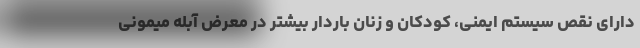
دارای نقص سیستم ایمنی، کودکان و زنان باردار بیشتر در معرض آبله میمونی